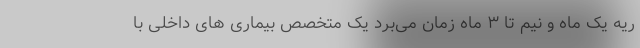
ریه یک ماه و نیم تا ۳ ماه زمان می‌برد یک متخصص بیماری های داخلی با